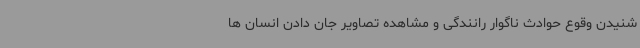
شنیدن وقوع حوادث ناگوار رانندگی و مشاهده تصاویر جان دادن انسان ها